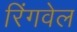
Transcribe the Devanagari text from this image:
रिंगवेल